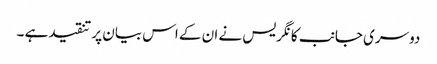
دوسری جانب کانگریس نے ان کے اس بیان پر تنقیدہے ۔